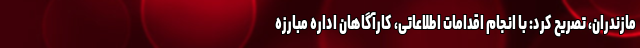
مازندران، تصریح کرد: با انجام اقدامات اطلاعاتی، کارآگاهان اداره مبارزه